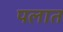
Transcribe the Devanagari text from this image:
पलात